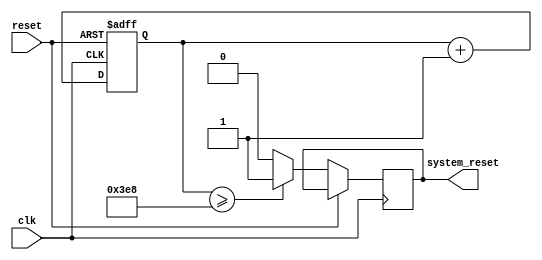
module watchdog_timer (
    input wire clk,
    input wire reset,
    output wire system_reset
);

parameter THRESHOLD = 1000; // define the threshold value

reg [31:0] counter;

always @(posedge clk or posedge reset) begin
    if (reset) begin
        counter <= 0;
    end else begin
        counter <= counter + 1;
        if (counter >= THRESHOLD) begin
            system_reset <= 1;
        end else begin
            system_reset <= 0;
        end
    end
end

endmodule